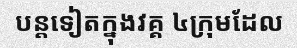
បន្តទៀតក្នុងវគ្គ ៤ក្រុមដែល